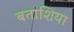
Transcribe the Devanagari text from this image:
बताशिया